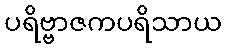
ပရိဗ္ဗာဇကပရိသာယ